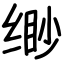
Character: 缈